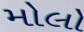
મોલો